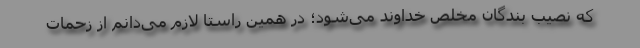
که نصیب بندگان مخلص خداوند می‌شود؛ در همین راستا لازم می‌دانم از زحمات